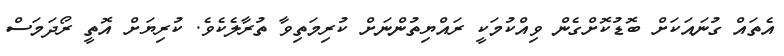
އެތައް ގުނައަކަށް ބޮޑުކޮށްގެން ވިއްކުމަކީ ރައްޔިތުންނަށް ކުރިމަތިވާ ތުރާލެކެވެ. ކުރިޔަށް އޮތީ ރޯދަމަސް